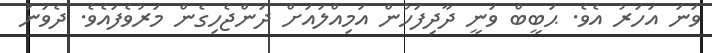
ވަނަ އަހަރު އެވެ. ޙަބީބް ވަނީ ދާދިފަހުން އަމިއްލައަށް ދަންޖެހިގެން މަރުވެފައެވެ. ދެވަނަ